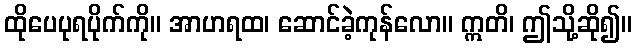
ထိုပေပုရပိုက်ကို။ အာဟရထ၊ ဆောင်ခဲ့ကုန်လော။ ဣတိ၊ ဤသို့ဆို၍။